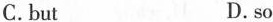
C.but D.so